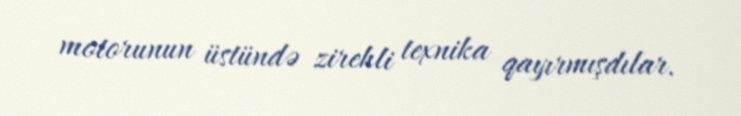
motorunun üstündə zirehli texnika qayırmışdılar.